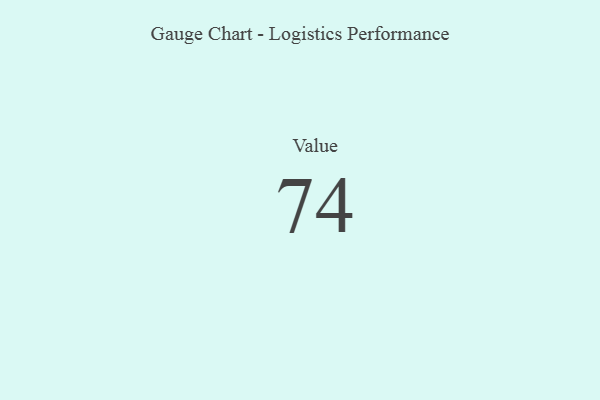
{"axis": {"x": "Metric", "y": "Value"}, "legend": [""], "data": [{"x": "Value", "y": 74, "type": ""}]}